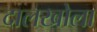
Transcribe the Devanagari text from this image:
दालखोला